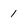
Character: 1